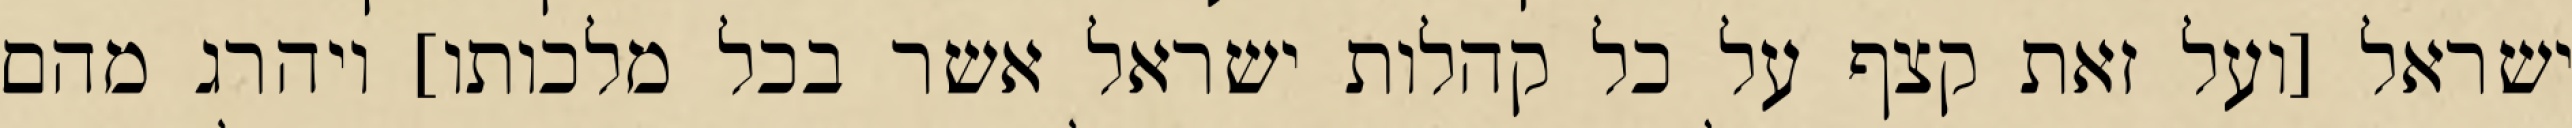
ישראל [ועל זאת קצף על כל קהלות ישראל אשר בכל מלכותו] ויהרג מהם